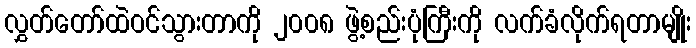
လွှတ်တော်ထဲဝင်သွားတာကို ၂၀၀၈ ဖွဲ့စည်းပုံကြီးကို လက်ခံလိုက်ရတာမျိုး